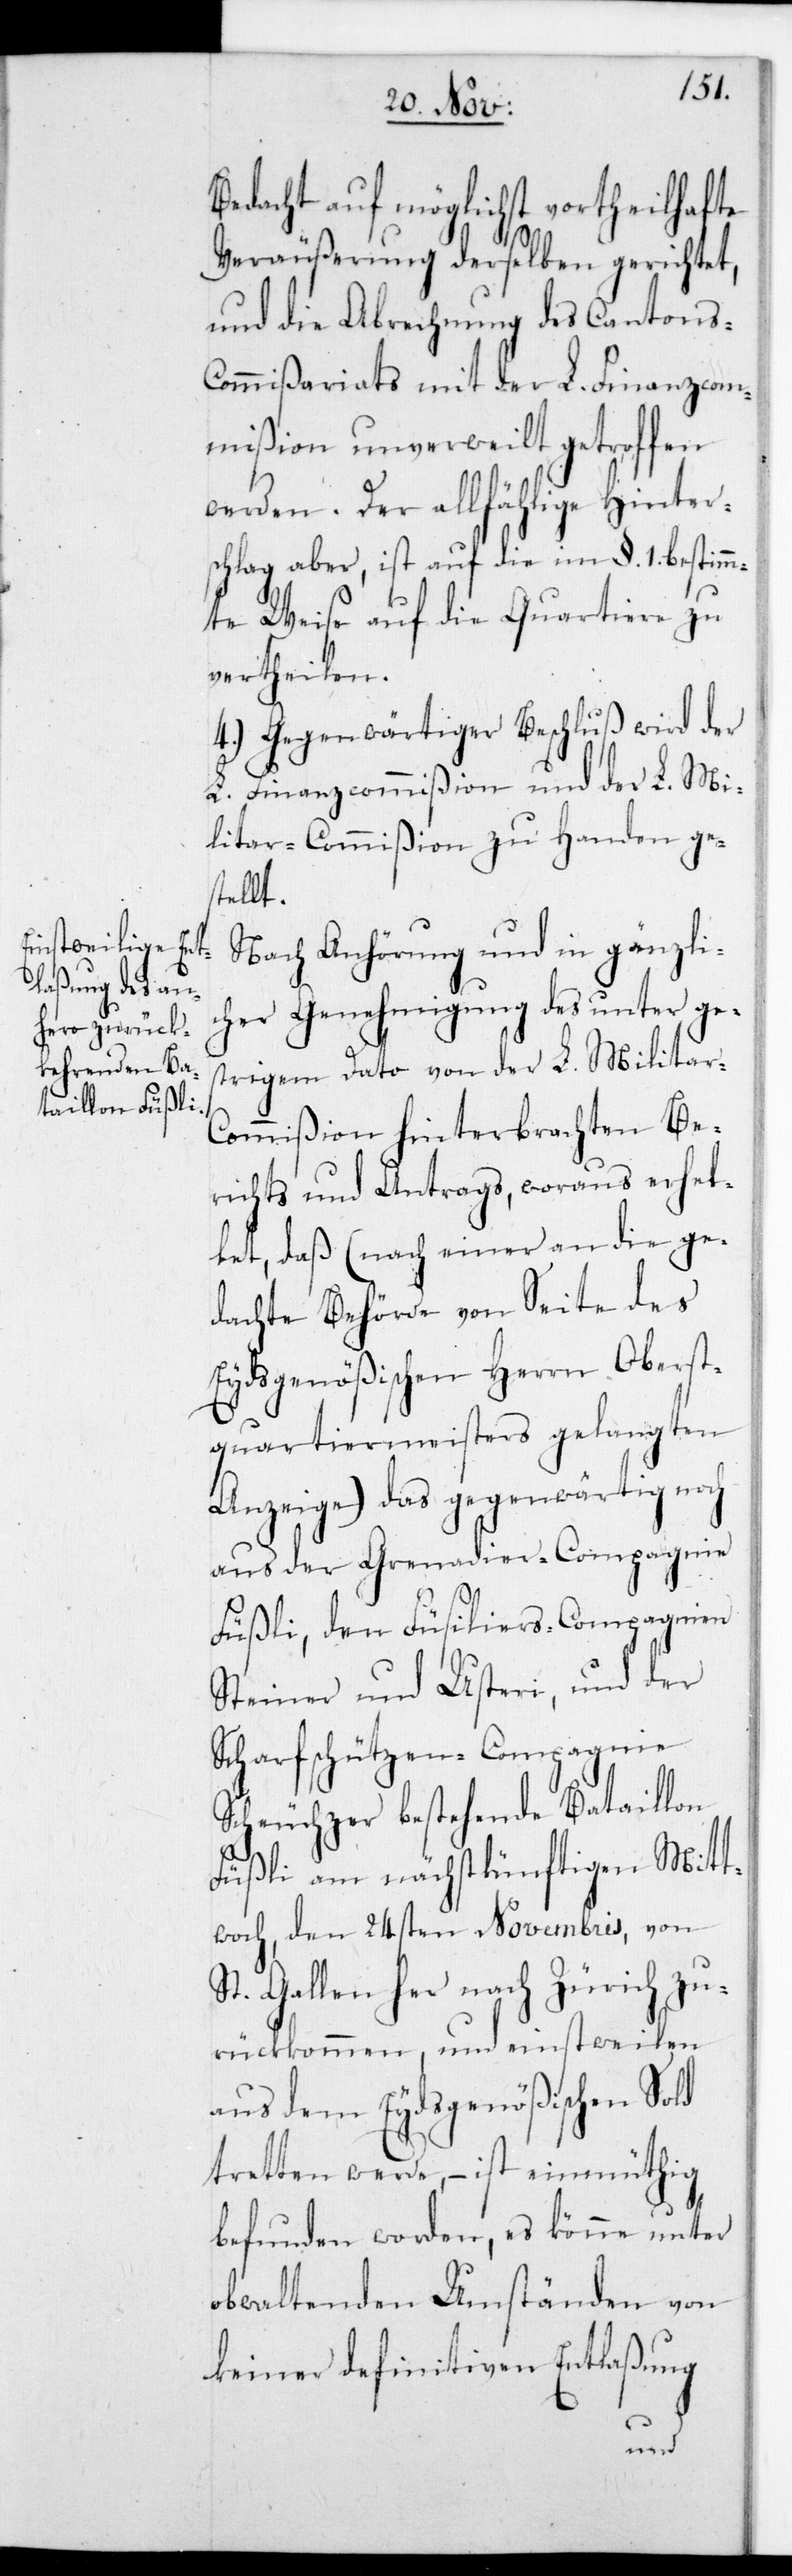
Bedacht auf möglichst vortheilhafte
Veräußerung derselben gerichtet,
und die Abrechnung des Cantons-C¬
ommißariats mit der L. Finanzcom¬
mißion unverweilt getroffen
werden. Der allfählige Hinter¬
schlag aber, ist auf die im §.. 1. bestimm¬
te Weise auf die Quartiere zu
vertheilen.
4.) Gegenwärtiger Beschluß wird der
L. Finanzcommißion und der L. Mi¬
litar-Commißion zu Handen ge¬
stellt.
Nach Anhörung und in gänzli¬
cher Genehmigung des unter ge¬
strigem Dato von der L. Militar-C¬
ommißion hinterbrachten Be¬
richts und Antrags, woraus erhel¬
let, daß (nach einer an die ge¬
dachte Behörde von Seite des
Eydsgenößischen Herrn Oberst¬
quartiermeisters gelangten
Anzeige) das gegenwärtig noch
aus der Grenadier-Compagnie
Füßli, den Füsiliers-Compagnien
Steiner und Usteri, und der
Scharfschützen-Compagnie
Scheuchzer bestehende Bataillon
Füßli am nächstkünftigen Mitt¬
woch den 24sten Novembris, von
St. Gallen her nach Zürich zu¬
rückkommen, und einstweilen
aus dem Eydsgenößischen Sold
tretten werde, – ist einmüthig
befunden worden, es könne unter
obwaltenden Umständen von
keiner definitiven Entlaßung